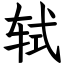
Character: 轼